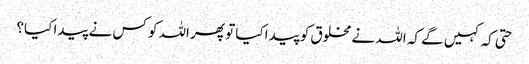
حتی کہ کہیں گے کہ اللہ نے مخلوق کو پیدا کیا تو پھر اللہ کو کس نے پیدا کیا؟